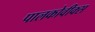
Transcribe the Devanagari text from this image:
पालकोवीक्स